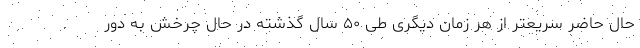
حال حاضر سریعتر از هر زمان دیگری طی ۵۰ سال گذشته در حال چرخش به دور